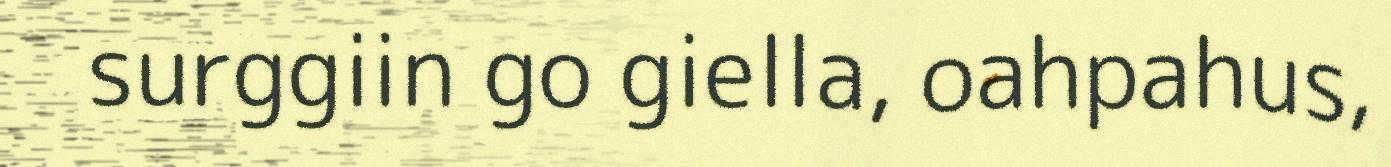
surggiin go giella, oahpahus,